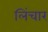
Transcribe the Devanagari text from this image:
लिंचार